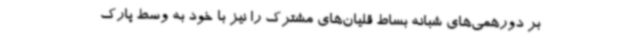
بر دورهمی‌های شبانه بساط قلیان‌های مشترک را نیز با خود به وسط پارک